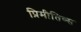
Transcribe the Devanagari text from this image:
प्रिमीतिव्स